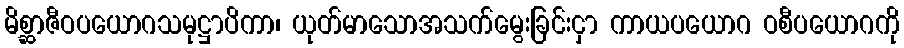
မိစ္ဆာဇီဝပယောဂသမုဋ္ဌာပိကာ၊ ယုတ်မာသောအသက်မွေးခြင်းငှာ ကာယပယောဂ ဝစီပယောဂကို